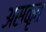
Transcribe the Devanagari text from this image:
असकृत